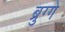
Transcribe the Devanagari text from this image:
ब्रुग्गे